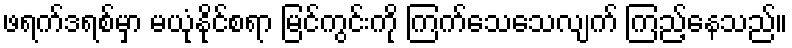
ဖရက်ဒရစ်မှာ မယုံနိုင်စရာ မြင်ကွင်းကို ကြက်သေသေလျက် ကြည့်နေသည်။